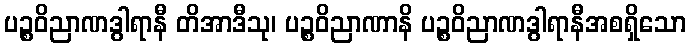
ပဉ္စဝိညာဏဒွါရာနီ တိအာဒီသု၊ ပဉ္စဝိညာဏာနိ ပဉ္စဝိညာဏဒွါရာနီအစရှိသော